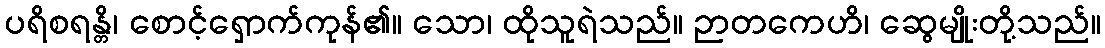
ပရိစရန္တိ၊ စောင့်ရှောက်ကုန်၏။ သော၊ ထိုသူရဲသည်။ ဉာတကေဟိ၊ ဆွေမျိုးတို့သည်။